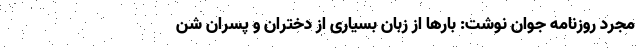
مجرد روزنامه جوان نوشت: بارها از زبان بسیاری از دختران و پسران شن